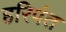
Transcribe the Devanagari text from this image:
हरिपंत